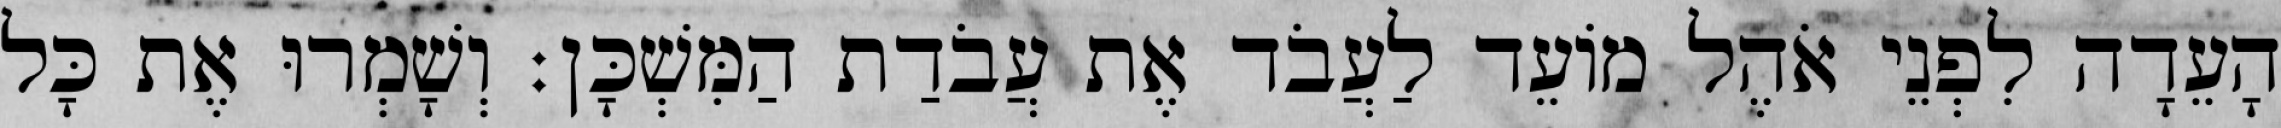
הָעֵדָה לִפְנֵי אֹהֶל מוֹעֵד לַעֲבֹד אֶת עֲבֹדַת הַמִּשְׁכָּן׃ וְשָׁמְרוּ אֶת כָּל